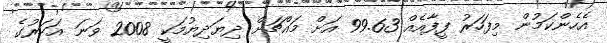
އެހެންކަމުން މިފަހަރު ފީފާއެއް 99.63 އަށް މައްޗަށް ދިޔަދިޔުމަކީ 2008 ވަނަ އަހަރުގެ